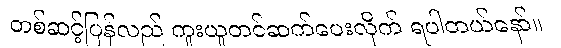
တစ်ဆင့်ပြန်လည် ကူးယူတင်ဆက်ပေးလိုက် ရပါတယ်နော်။